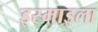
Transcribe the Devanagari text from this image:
इस्माइला